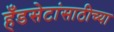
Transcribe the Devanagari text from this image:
हँडसेटांसाठीच्या